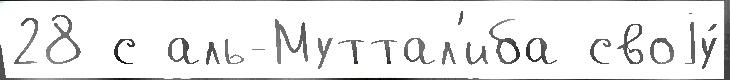
28 с аль-Муттал'иба своjу́